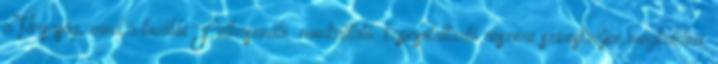
a Társaság, mind a további Felhasználó munkáltató kapcsolattartó részére szíveskedjen megküldeni.